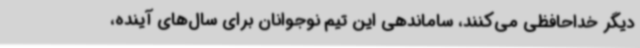
دیگر خداحافظی می‌کنند، ساماندهی این تیم نوجوانان برای سال‌های آینده،